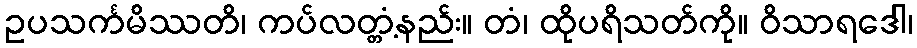
ဥပသင်္ကမိဿတိ၊ ကပ်လတ္တံ့နည်း။ တံ၊ ထိုပရိသတ်ကို။ ဝိသာရဒေါ၊